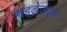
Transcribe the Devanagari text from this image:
हाइड्रेजाइन